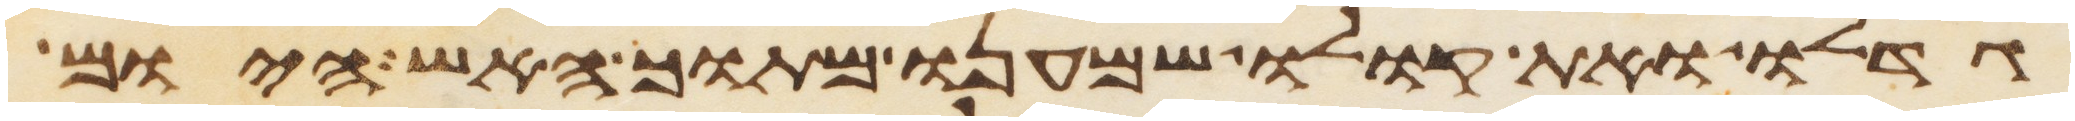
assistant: גדלו ואת קולו שמענו מתוך האש היום